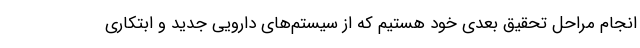
انجام مراحل تحقیق بعدی خود هستیم که از سیستم‌های دارویی جدید و ابتکاری